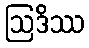
ဩဒိဿ